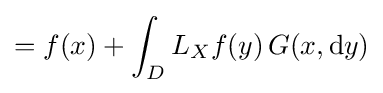
=f(x)+\int _{D}L_{X}f(y)\,G(x,\mathrm {d} y)